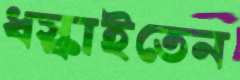
ধস্‌কাইতেন